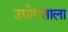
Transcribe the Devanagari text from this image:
उद्योगशाला